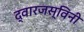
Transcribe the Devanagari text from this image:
द्वारजस्विनी